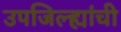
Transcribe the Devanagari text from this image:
उपजिल्ह्यांची